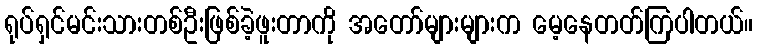
ရုပ်ရှင်မင်းသားတစ်ဦးဖြစ်ခဲ့ဖူးတာကို အတော်များများက မေ့နေတတ်ကြပါတယ်။